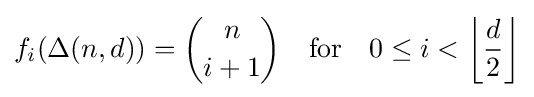
f_{i}(\Delta (n,d))={\binom {n}{i+1}}\quad {\textrm {for}}\quad 0\leq i<\left\lfloor {\frac {d}{2}}\right\rfloor